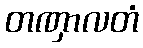
တဏှာလတံ